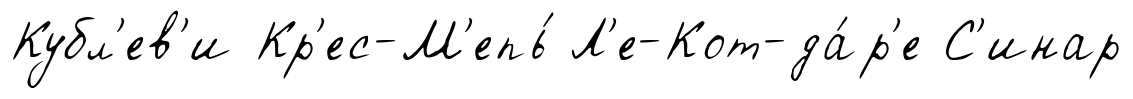
Кубл'ев'и Кр'ес-М'епь́ Л'е-Кот-да́р'е С'инар